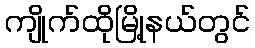
ကျိုက်ထိုမြို့နယ်တွင်